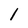
Character: 1